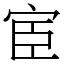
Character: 宦